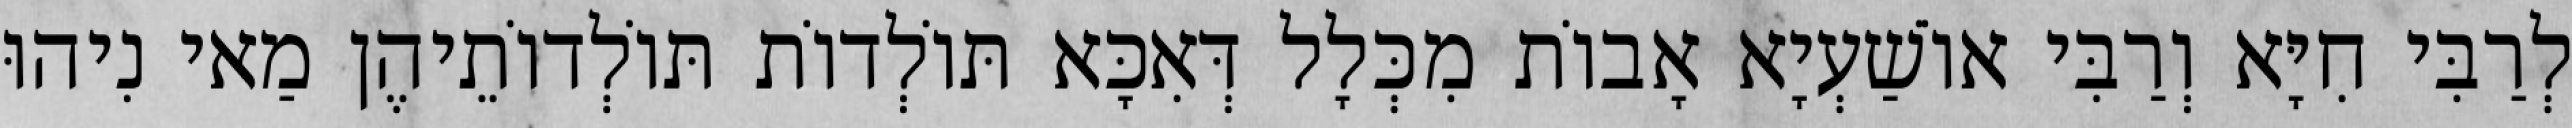
לְרַבִּי חִיָּא וְרַבִּי אוֹשַׁעְיָא אָבוֹת מִכְּלָל דְּאִכָּא תּוֹלְדוֹת תּוֹלְדוֹתֵיהֶן מַאי נִיהוּ